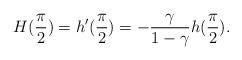
LaTeX: \begin{align*}H(\frac{\pi}{2})=h'(\frac{\pi}{2})=-\frac{\gamma}{1-\gamma}h(\frac{\pi}{2}).\end{align*}